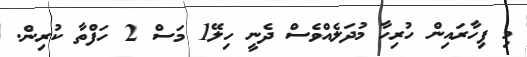
މި ފިހާރައިން ހުރިހާ މުދަލެއްވެސް ދެނީ ހިލޭ1 މަސް 2 ހަފްތާ ކުރިން.